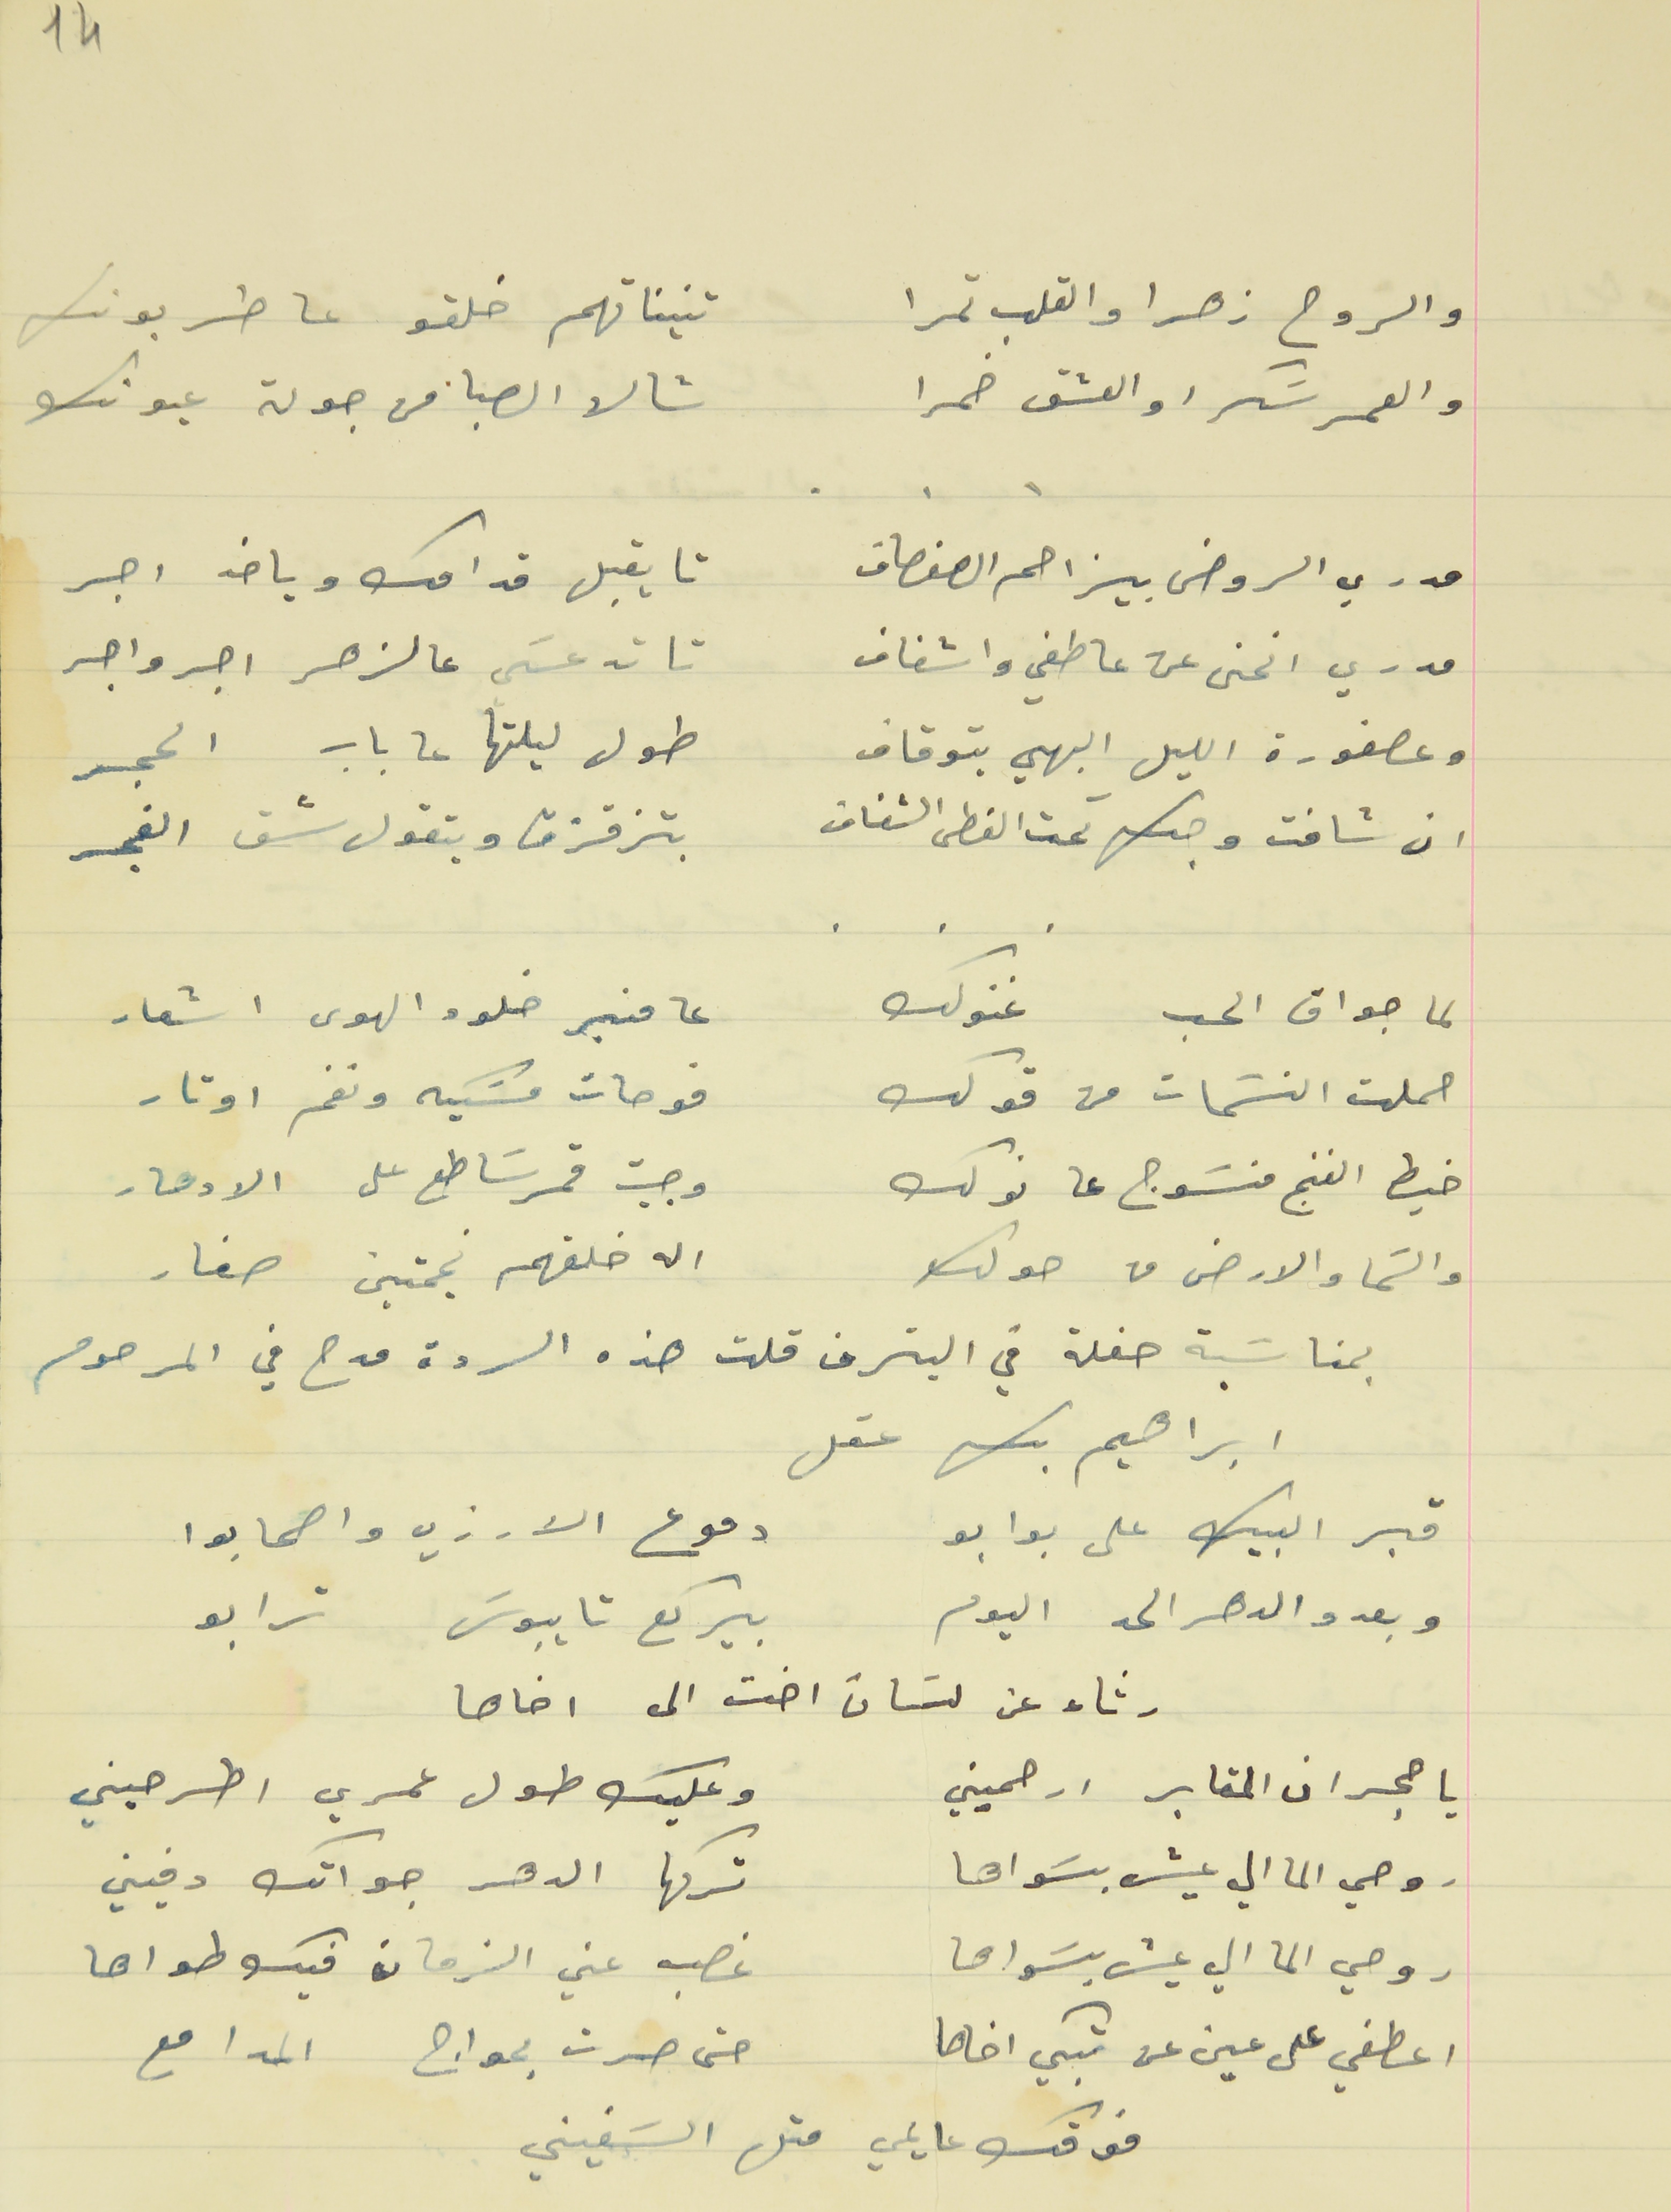
14
والروح زهرا والقلب تمرا                                            تنيناتهم خلقو عا طربونك
والعمر سَكرا و العشق خمرا                                        شالها الصبا من جولة عيونك
مدري الروض بيزاحم الصفصاف                                    تا يقبل قدامك وياخد اجر
مدري انحنى عن عاطفي واشفاف                                  تا تدعسَي عالزهر اجر واجر
وعصفورة الليل البهي بتوقاف                                        طول ليلتها عا باب الحجر
ان شافت وجك تحت الغطى الشفاف                               بتزقزق وبتقول شق الفجر
لما جواق الحب غنولك                                       عا منبر خلود الهوى اشعار
حملت النسَمات من قولك                                  فوحات مسَكيه ونغم اوتار
خيط الغنج منسَوج عا نولك                                  وجيت قمر سَاطع على الادهار
والسَما والارض من حولك                                    اله خلقهم نجمتين صغار
بمناسَبة حفلة في البترون قلت هذه الردة مدح في المرحوم
ابراهيم بك عقل
قبر البيك على بوابو                                       دموع الارزي واصحابوا
وبعدو الدهر الحد اليوم                                  بيركع تا يبوسَ ترابو
رثاء عن لسَان اخت الى اخاها
يا حجران المقابر ارحميني                                       وعليك طول عمري اطرحيني
روحي الما الي عيش بسَواها                                    تركها الدهر جواتك دفيني
    .    .    .
روحي الما الي عيش بسَواها                                  غصب عني الزمان فيك طواها
اعطفي على عين عن تبكي اخاها                              حتى صرت بمواج المدامع
فوقك عايمي متل السَفيني
    .    .    .